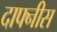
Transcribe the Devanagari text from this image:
दाफ्नीस